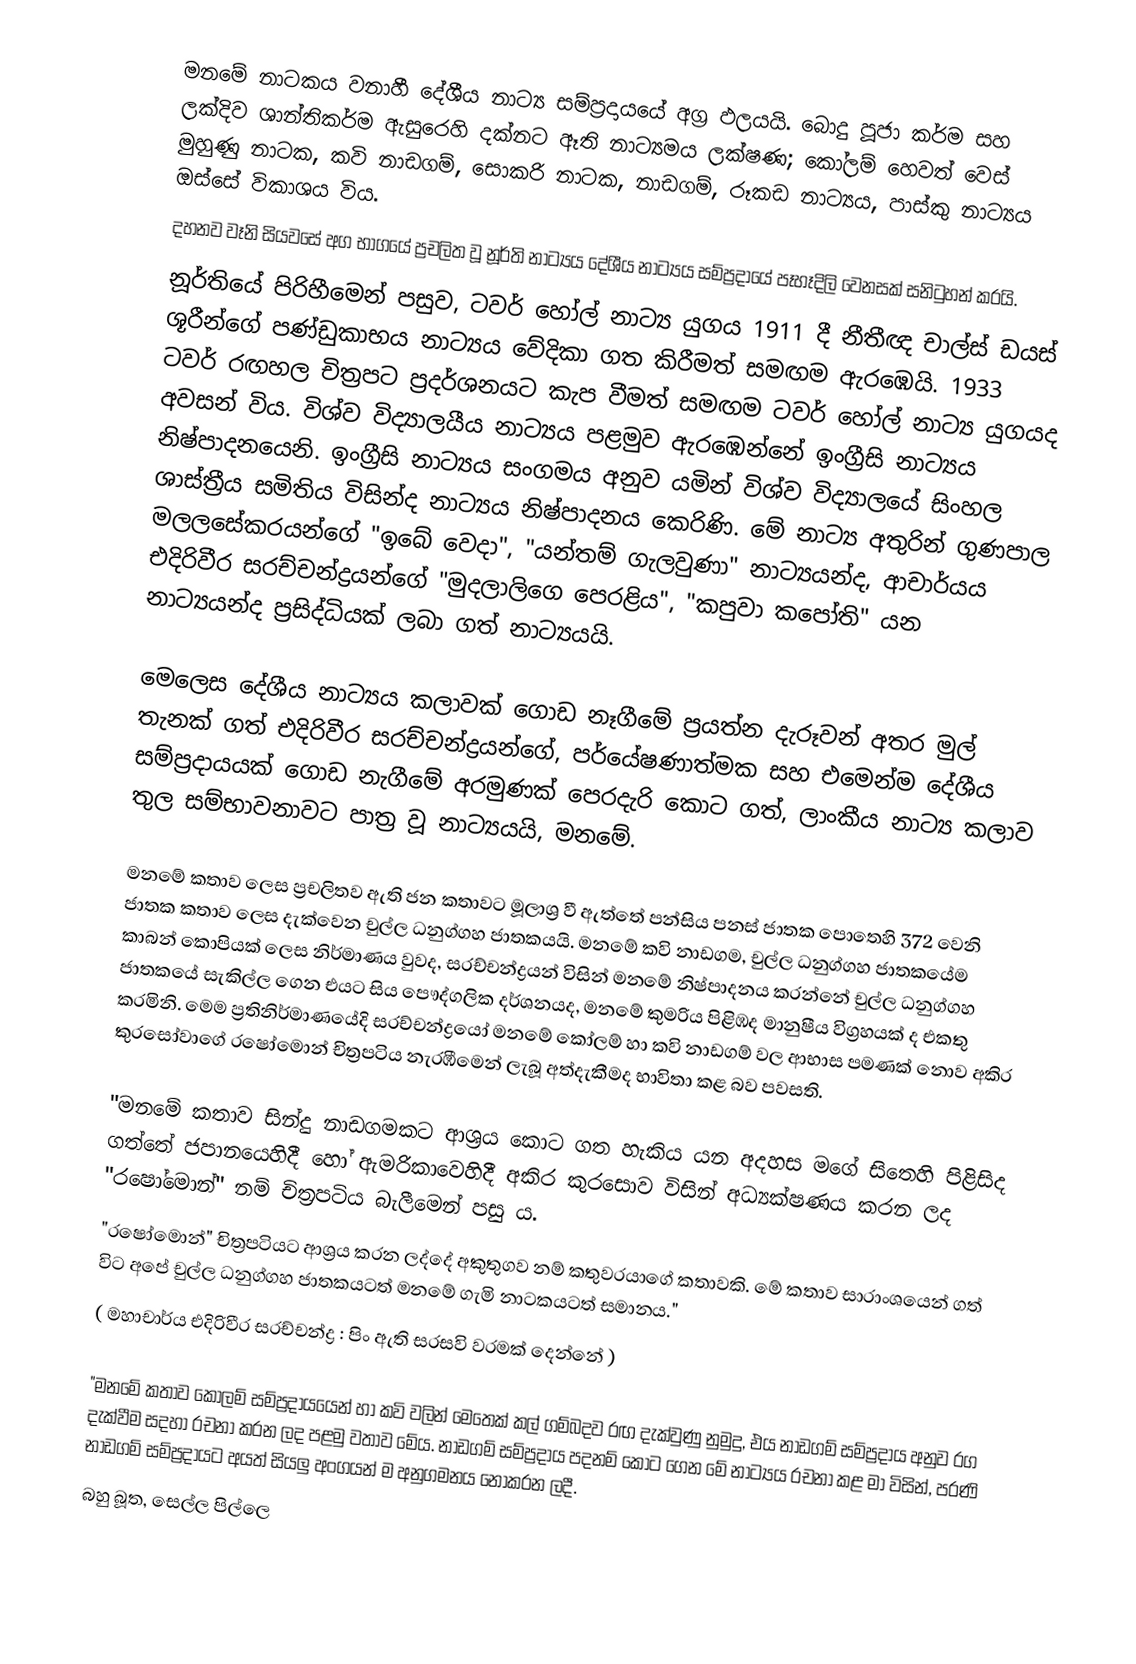
මනමේ නාටකය වනාහී දේශීය නාට්‍ය සම්ප්‍රදායයේ අග්‍ර ඵලයයි. බොදු පූජා කර්ම සහ ලක්දිව ශාන්තිකර්ම ඇසුරෙහි දක්නට ඈති නාට්‍යමය ලක්ෂණ; කෝලම් හෙවත් වෙස් මුහුණු නාටක, කවි නාඩගම්, සොකරි නාටක, නාඩගම්, රූකඩ නාට්‍යය, පාස්කු නාට්‍යය ඔස්සේ විකාශය විය.
දහනව වෑනි සියවසේ අග භාගයේ ප්‍රචලිත වූ නූර්ති නාට්‍යය දේශීය නාට්‍යය සම්ප්‍රදායේ පෑහෑදිලි වෙනසක් සනිටුහන් කරයි.
නූර්තියේ පිරිහීමෙන් පසුව, ටවර් හෝල් නාට්‍ය යුගය 1911 දී නීතීඥ චාල්ස් ඩයස් ශූරීන්ගේ පණ්ඩුකාභය නාට්‍යය වේදිකා ගත කිරීමත් සමඟම ඇරඹෙයි. 1933 ටවර් රඟහල චිත්‍රපට ප්‍රදර්ශනයට කැප වීමත් සමඟම ටවර් හෝල් නාට්‍ය යුගයද අවසන් විය. විශ්ව විද්‍යාලයීය නාට්‍යය පළමුව ඇරඹෙන්නේ ඉංග්‍රීසි නාට්‍යය නිෂ්පාදනයෙනි. ඉංග්‍රීසි නාට්‍යය සංගමය අනුව යමින් විශ්ව විද්‍යාලයේ සිංහල ශාස්ත්‍රීය සමිතිය විසින්ද නාට්‍යය නිෂ්පාදනය කෙරිණි. මේ නාට්‍ය අතුරින් ගුණපාල මලලසේකරයන්ගේ "ඉබේ වෙදා", "යන්තම් ගැලවුණා" නාට්‍යයන්ද, ආචාර්යය එදිරිවීර සරච්චන්ද්‍රයන්ගේ "මුදලාලිගෙ පෙරළිය", "කපුවා කපෝති" යන නාට්‍යයන්ද ප්‍රසිද්ධියක් ලබා ගත් නාට්‍යයයි.

මෙලෙස දේශීය නාට්‍යය කලාවක් ගොඩ නෑගීමේ ප්‍රයත්න දැරූවන් අතර මුල් තැනක් ගත් එදිරිවීර සරච්චන්ද්‍රයන්ගේ, පර්යේෂණාත්මක සහ එමෙන්ම දේශීය සම්ප්‍රදායයක් ගොඩ නැගීමේ අරමුණක් පෙරදැරි කොට ගත්, ලාංකීය නාට්‍ය කලාව තුල සම්භාවනාවට පාත්‍ර වූ නාට්‍යයයි, මනමේ.

මනමේ කතාව ලෙස ප්‍රචලිතව ඇති ජන කතාවට මූලාශ්‍ර වී ඇත්තේ පන්සිය පනස් ජාතක පොතෙහි 372 වෙනි ජාතක කතාව ලෙස දැක්වෙන චුල්ල ධනුග්ගහ ජාතකයයි. මනමේ කවි නාඩගම, චුල්ල ධනුග්ගහ ජාතකයේම කාබන් කොපියක් ලෙස නිර්මාණය වුවද, සරච්චන්ද්‍රයන් විසින් මනමේ නිෂ්පාදනය කරන්නේ චුල්ල ධනුග්ගහ ජාතකයේ සැකිල්ල ගෙන එයට සිය පෞද්ගලික දර්ශනයද, මනමේ කුමරිය පිළිඹද මානුෂීය විග්‍රහයක් ද එකතු කරමිනි. මෙම ප්‍රතිනිර්මාණයේදි සරච්චන්ද්‍රයෝ මනමේ කෝලම් හා කවි නාඩගම් වල ආභාස පමණක් නොව  අකිර කුරසෝවාගේ රෂෝමොන් චිත්‍රපටිය නැරඹීමෙන් ලැබූ අත්දැකීමද භාවිතා කළ බව පවසති.

"මනමේ කතාව සින්දු නාඩගමකට ආශ්‍රය කොට ගත හැකිය යන අදහස මගේ සිතෙහි පිළිසිද ගත්තේ ජපානයෙහිදී හෝ ඇමරිකාවෙහිදී අකිර කුරසොව විසින් අධ්‍යක්ෂණය කරන ලද "රෂෝමොන්" නම් චිත්‍රපටිය බැලීමෙන් පසු ය.
"රෂෝමොන්" චිත්‍රපටියට ආශ්‍රය කරන ලද්දේ අකුතුගව නම් කතුවරයාගේ කතාවකි. මේ කතාව සාරාංශයෙන් ගත් විට අපේ චුල්ල ධනුග්ගහ ජාතකයටත් මනමේ ගැමි නාටකයටත් සමානය."
( මහාචාර්ය එදිරිවීර සරච්චන්ද්‍ර : පිං ඇති සරසවි වරමක් දෙන්නේ )

"මනමේ කතාව කෝලම් සම්ප්‍රදායයෙන් හා කවි වලින් මෙතෙක් කල් ගම්බදව රඟ දැක්වුණු නුමුදු, එය නාඩගම් සම්ප්‍රදාය අනුව රග දැක්වීම සදහා රචනා කරන ලද පළමු වතාව මේය. නාඩගම් සම්ප්‍රදාය පදනම් කොට ගෙන මේ නාට්‍යය රචනා කළ මා විසින්, පරණි නාඩගම් සම්ප්‍රදායට අයත් සියලු අංගයන් ම අනුගමනය නොකරන ලදී.
බහු බූත, සෙල්ල පිල්ලෙ